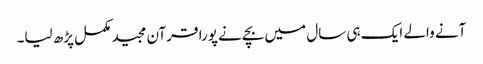
آنے والے ایک ہی سال میں بچےنے پورا قرآن مجید مکمل پڑھ لیا۔